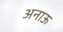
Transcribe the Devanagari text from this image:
अनाऊ